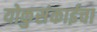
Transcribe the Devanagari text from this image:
योकुसंकाईचा